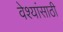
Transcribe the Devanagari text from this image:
वेश्यांसाठी